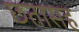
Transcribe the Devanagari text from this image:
छतासह